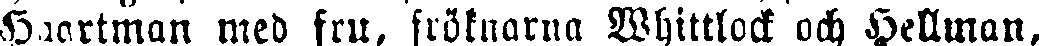
Haartman med fru, fröknarna Whittlock och Hellman,